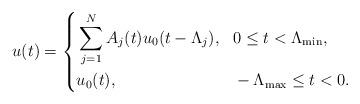
LaTeX: \begin{align*}u(t) = \left\{\begin{aligned}& \sum_{j=1}^N A_j(t) u_0(t - \Lambda_j), & & 0 \leq t < \Lambda_{\min}, \\& u_0(t), & & -\Lambda_{\max} \leq t < 0.\end{aligned}\right.\end{align*}